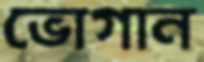
ভোগান